Language: tamil
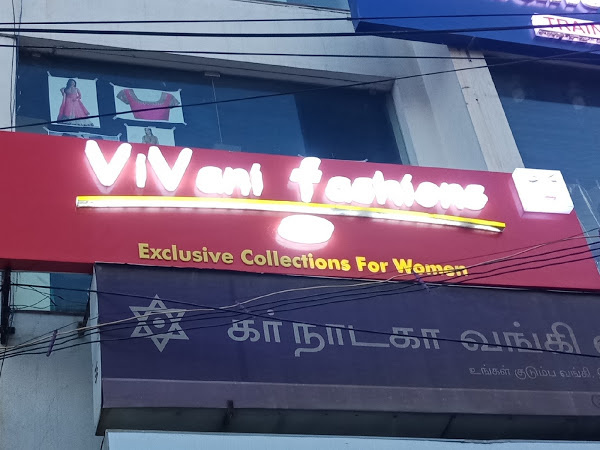
Transcription: கா்நாடகா வங்கி குடும்ப வங்கி உங்கள்